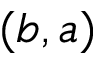
( b , a )